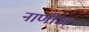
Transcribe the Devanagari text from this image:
नाणीज